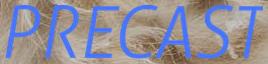
PRECAST